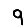
Digit: 9